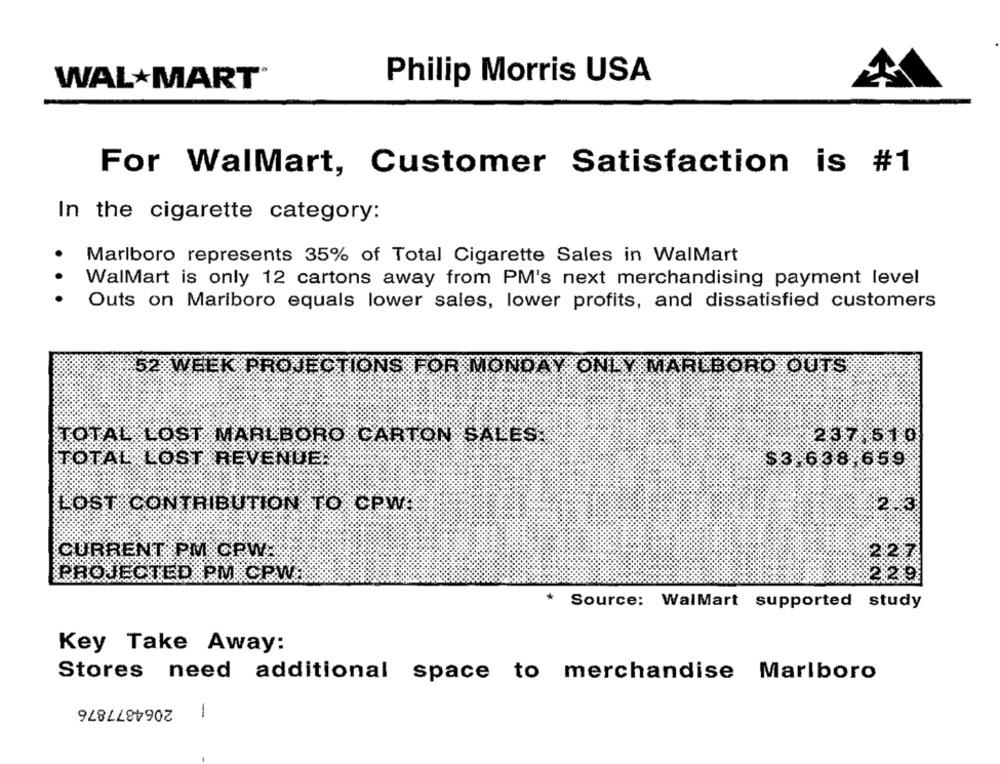
WALMART
Philip Morris USA
For WalMart, Customer Satisfaction is #1
In the cigarette category:
Marlboro represents 35% of Total Cigarette Sales in WalMart
WalMart is only 12 cartons away from PM's next merchandising payment level
.. .
Outs on Mariboro equals lower sales, lower profits, and dissatisfied customers
52 WEEK PROJECTIONS FOR MONDAY ONLY MARLBORO OUTS
TOTAL LOST MARLBORO CARTON SALES.
237,510
TOTAL LOST REVENUE.
$3.638.659
LOST CONTRIBUTION TO CPW.
2.3
CURRENT PM CPW.
227
PROJECTED PM CPW.
229
Source: WalMart supported study
Key Take Away:
Stores need additional space to merchandise Marlboro
2064877876
1